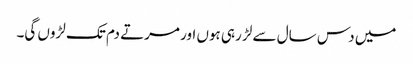
میں دس سال سے لڑ رہی ہوں اور مرتے دم تک لڑوں گی۔